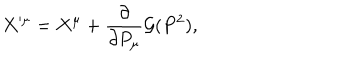
LaTeX: X ^ { \prime \mu } = X ^ { \mu } + { \frac { \partial } { \partial P _ { \mu } } } { \cal G } ( P ^ { 2 } ) ,